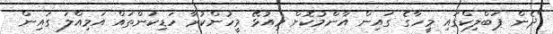
"ދެން ޕަބްލިކްގައި މީހާގެ ގައިން އާންމުކޮށް މިއުޅޭ މީހުންކުރާ ހަޑިކަންތައް އަމިއްލަ ގައިން